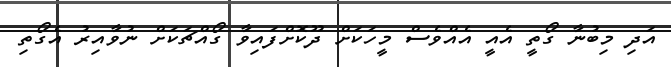
އަދި މިބުނާ ގޯތީ އެއީ އެއްވެސް މީހަކަށް ދޫކޮށްފައިވާ ގޯއްޗަކަށް ނުވާއިރު އެގޯތި